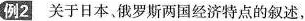
例2关于日本，俄罗斯两国经济特点的叙述，